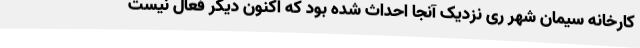
کارخانه سیمان شهر ری نزدیک آنجا احداث شده بود که اکنون دیگر فعال نیست